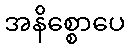
အနိစ္စောပေ